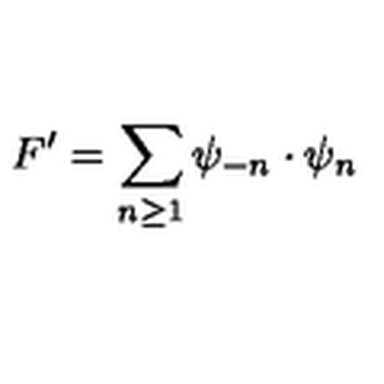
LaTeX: F ^ { \prime } = \sum _ { n \geq 1 } \psi _ { - n } \cdot \psi _ { n }